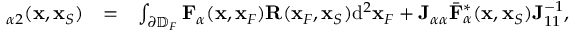
\begin{array} { r l r } { { \bf \Gamma } _ { \alpha 2 } ( { \bf x } , { \bf x } _ { S } ) } & { = } & { \int _ { \partial \mathbb { D } _ { F } } { \bf F } _ { \alpha } ( { \bf x } , { \bf x } _ { F } ) { \bf R } ( { \bf x } _ { F } , { \bf x } _ { S } ) \mathrm { d } ^ { 2 } { \bf x } _ { F } + { \bf J } _ { \alpha \alpha } { { \bar { \bf F } } } _ { \alpha } ^ { * } ( { \bf x } , { \bf x } _ { S } ) { \bf J } _ { 1 1 } ^ { - 1 } , } \end{array}